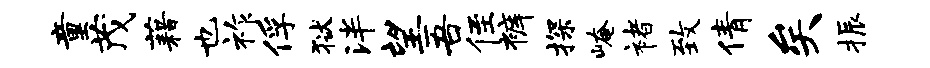
童茂藉也祚俘狱泮望吾侄裤探崦褚致倩矣振